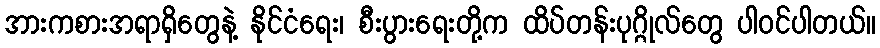
အားကစားအရာရှိတွေနဲ့ နိုင်ငံရေး၊ စီးပွားရေးတို့က ထိပ်တန်းပုဂ္ဂိုလ်တွေ ပါဝင်ပါတယ်။